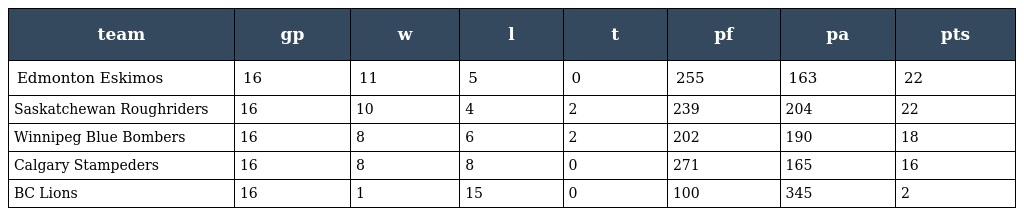
| team | gp | w | l | t | pf | pa | pts |
 | --- | --- | --- | --- | --- | --- | --- | --- |
 | Edmonton Eskimos | 16 | 11 | 5 | 0 | 255 | 163 | 22 |
 | Saskatchewan Roughriders | 16 | 10 | 4 | 2 | 239 | 204 | 22 |
 | Winnipeg Blue Bombers | 16 | 8 | 6 | 2 | 202 | 190 | 18 |
 | Calgary Stampeders | 16 | 8 | 8 | 0 | 271 | 165 | 16 |
 | BC Lions | 16 | 1 | 15 | 0 | 100 | 345 | 2 |